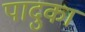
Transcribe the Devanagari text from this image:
पादुकां